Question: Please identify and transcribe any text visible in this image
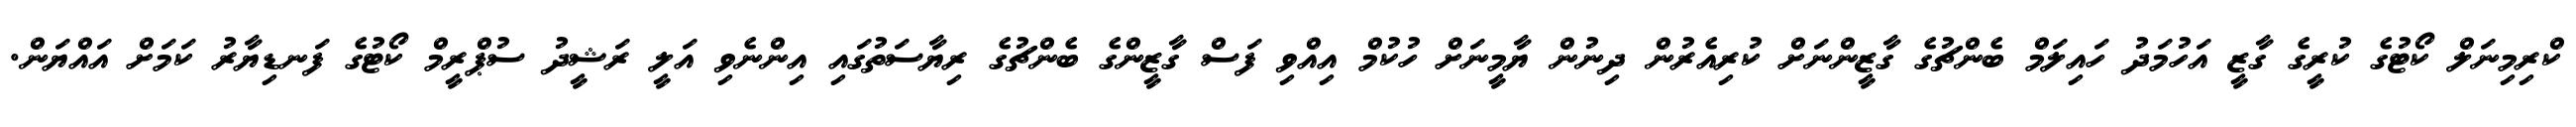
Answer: ކްރިމިނަލް ކޯޓުގެ ކުރީގެ ގާޒީ އަހުމަދު ހައިލަމް ބެންޗުގެ ގާޒީންނަށް ކުރިއެރުން ދިނުން ޔާމީނަށް ހުކުމް އިއްވި ފަސް ގާޒީންގެ ބެންޗުގެ ރިޔާސަތުގައި އިންނެވި އަލީ ރަޝީދު ސުޕްރީމް ކޯޓުގެ ފަނޑިޔާރު ކަމަށް އައްޔަން.